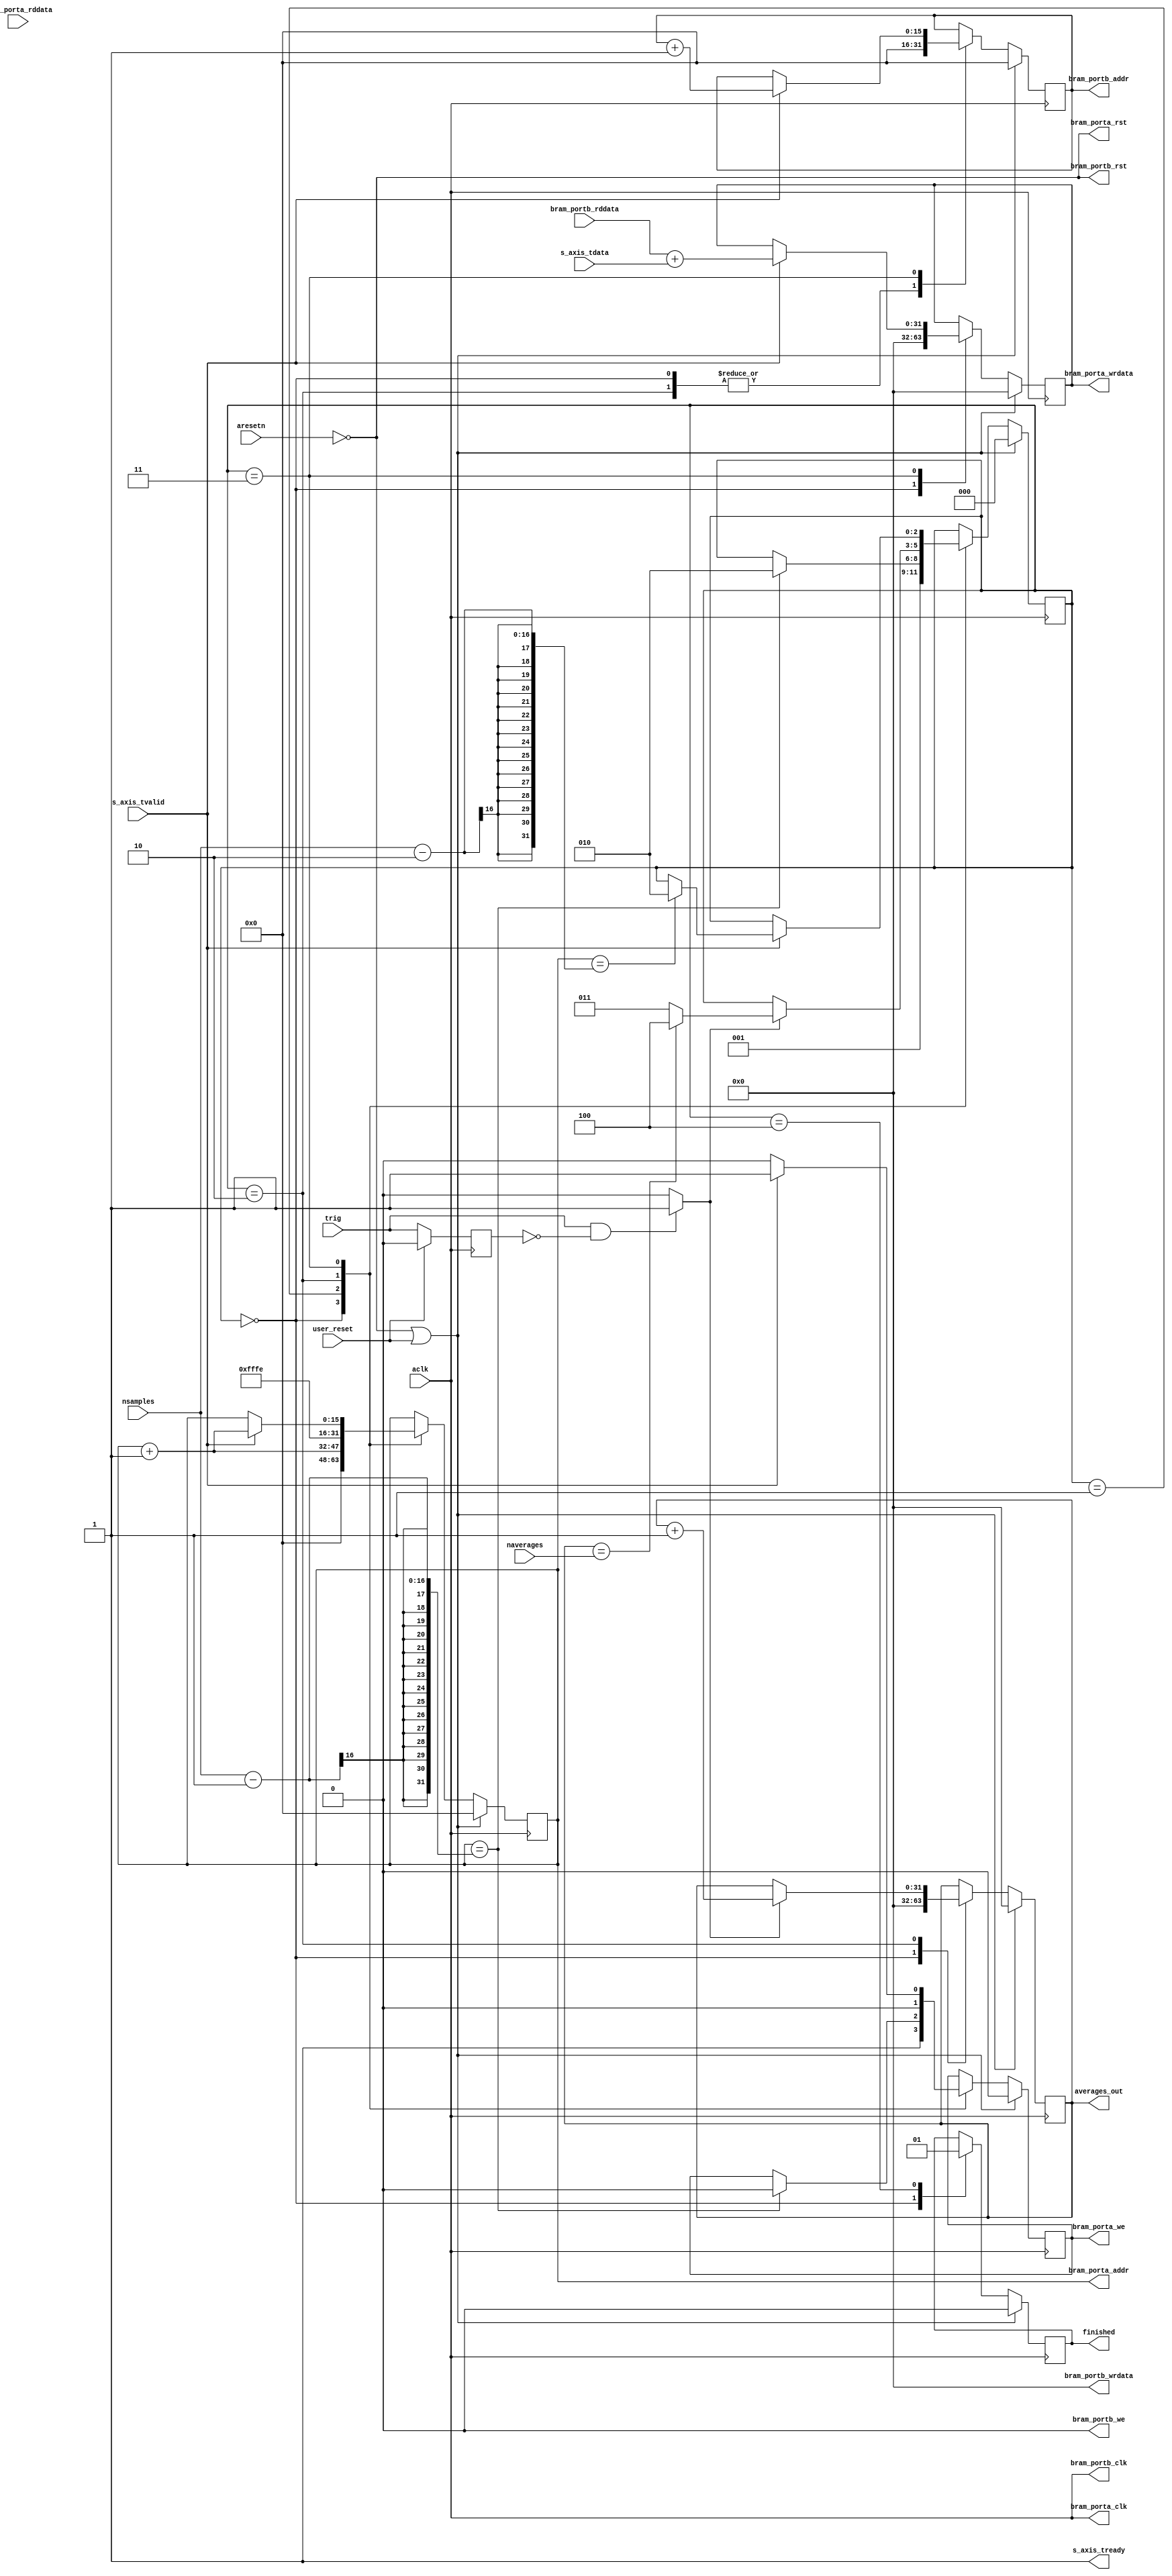
module axis_averager #
(
  parameter integer AXIS_TDATA_WIDTH = 32,
  parameter integer BRAM_DATA_WIDTH = 32,
  parameter integer BRAM_ADDR_WIDTH = 16,  // 2^15 = 32768 positions
  parameter integer AVERAGES_WIDTH = 32
)
(
  // System signals
  input  wire                        aclk,
  input  wire                        aresetn,
  
  // Averager specific ports
  input  wire						 trig,
  input  wire 						 user_reset,
  input  wire [15:0]				 nsamples,
  input  wire [AVERAGES_WIDTH-1:0] 	 naverages,
  output wire 						 finished,
  output wire [AVERAGES_WIDTH-1:0] 	 averages_out,
  
  // Slave side
  output wire                        s_axis_tready,
  input  wire [AXIS_TDATA_WIDTH-1:0] s_axis_tdata,
  input  wire                        s_axis_tvalid,

  // BRAM PORT A
  output wire                        bram_porta_clk,
  output wire                        bram_porta_rst,
  output wire [BRAM_ADDR_WIDTH-1:0]  bram_porta_addr,
  output wire [BRAM_DATA_WIDTH-1:0]  bram_porta_wrdata,
  input  wire [BRAM_DATA_WIDTH-1:0]  bram_porta_rddata,
  output wire                        bram_porta_we,
  
  // BRAM PORT B
  output wire                        bram_portb_clk,
  output wire                        bram_portb_rst,
  output wire [BRAM_ADDR_WIDTH-1:0]  bram_portb_addr,
  output wire [BRAM_DATA_WIDTH-1:0]  bram_portb_wrdata,
  input  wire [BRAM_DATA_WIDTH-1:0]  bram_portb_rddata,
  output wire                        bram_portb_we
);


  reg [BRAM_ADDR_WIDTH-1:0] int_addrA_reg, int_addrA_next;
  reg [BRAM_ADDR_WIDTH-1:0] int_addrB_reg, int_addrB_next;
  reg [2:0] int_case_reg, int_case_next;
  reg int_wren_reg, int_wren_next;
  reg [AVERAGES_WIDTH-1:0] int_averages_reg, int_averages_next;
  reg int_finished_reg, int_finished_next;
  reg [BRAM_DATA_WIDTH-1:0] int_data_reg, int_data_next;
  reg d_trig;
  wire trigger;  
  
  
  assign s_axis_tready = 1;
  assign finished = int_finished_reg;
  assign averages_out = int_averages_reg;
  
  assign bram_porta_clk = aclk;
  assign bram_porta_rst = ~aresetn;
  assign bram_porta_addr = int_addrA_reg;
  assign bram_porta_wrdata = int_data_reg;
  assign bram_porta_we = int_wren_reg;
   
  assign bram_portb_clk = aclk;
  assign bram_portb_rst = ~aresetn;
  assign bram_portb_addr = int_addrB_reg;
  assign bram_portb_wrdata = {(BRAM_DATA_WIDTH){1'b0}};
  assign bram_portb_we = 1'b0;
  
  
  always@(posedge aclk) begin
	 if (user_reset) d_trig <= 0;
	 else d_trig <= trig;
  end
  assign trigger = (trig == 1) && (d_trig == 0) ? 1 : 0;

  
  always @(posedge aclk)
  begin
    if(~aresetn || user_reset)
    begin
      int_addrA_reg <= {(BRAM_ADDR_WIDTH){1'b0}};
	  int_addrB_reg <= {(BRAM_ADDR_WIDTH){1'b0}};
      int_case_reg <= 3'd0;
	  int_averages_reg <= {(AVERAGES_WIDTH){1'b0}};
      int_wren_reg <= 1'b0;
      int_data_reg <= {(BRAM_DATA_WIDTH){1'b0}};
      int_finished_reg <= 1'b0;
    end
    else
    begin
      int_addrA_reg <= int_addrA_next;
      int_addrB_reg <= int_addrB_next;
      int_case_reg <= int_case_next;
      int_wren_reg <= int_wren_next;
	  int_averages_reg <= int_averages_next;
	  int_data_reg <= int_data_next;
	  int_finished_reg <= int_finished_next;
    end
  end

  
  always @*
  begin
    int_addrA_next = int_addrA_reg;
	int_addrB_next = int_addrB_reg;
    int_case_next = int_case_reg;
    int_wren_next = int_wren_reg;
	int_averages_next = int_averages_reg;
	int_data_next = int_data_reg;
	int_finished_next = int_finished_reg;
	
    case(int_case_reg)
      0:    // Begin state
      begin
        int_addrA_next = {(BRAM_ADDR_WIDTH){1'b0}};
		int_addrB_next = {(BRAM_ADDR_WIDTH){1'b0}};
		int_averages_next = {(AVERAGES_WIDTH){1'b0}};
		int_case_next = 3'd1;
		int_wren_next = 1'b1;
		int_finished_next = 1'b0;
		int_data_next = {(BRAM_DATA_WIDTH){1'b0}};
      end
      1:    // Clear BRAM state
      begin
        int_addrA_next = int_addrA_reg + 1'b1;
        if(int_addrA_reg == nsamples-1) // clear until all the addresses are zero
        begin
          int_case_next = 3'd2;
		  int_wren_next = 1'b0;
        end
      end
      2:    // Wait for trigger
      begin
        int_addrA_next = -2;
        int_addrB_next = 0;
        int_wren_next = 1'b0;
        if(trigger)
        begin
		  int_averages_next = int_averages_reg + 1;
		  if (int_averages_reg == naverages)
			 int_case_next = 3'd4;
		  else
			 int_case_next = 3'd3;          
        end
      end
	  3:    // Measure
      begin
        if(s_axis_tvalid)
        begin
          int_addrA_next = int_addrA_reg + 1;
		  int_addrB_next = int_addrB_reg + 1;
		  int_data_next = bram_portb_rddata + s_axis_tdata;
		  int_wren_next = 1'b1;
		  if (int_addrA_reg == nsamples-2)
			 int_case_next = 3'd2;
        end
		else
		  int_wren_next = 1'b0;
      end
      4:	// finished
      begin
        int_finished_next = 1;
      end

    endcase
  end



endmodule